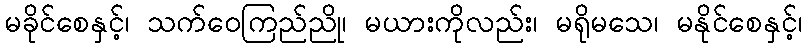
မခိုင်စေနှင့်၊ သက်ဝေကြည်ညို၊ မယားကိုလည်း၊ မရိုမသေ၊ မနိုင်စေနှင့်၊